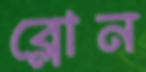
ব্লোন